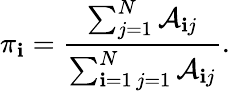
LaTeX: \pi_{\mathbf{i}}=\frac{{\sum_{j=1}^{N}\mathcal{{A}}_{\mathbf{i}j}}}{{\sum_{\substack{\mathbf{i}=1\, j=1}}^{N}\mathcal{{A}}_{\mathbf{i}j}}}.